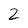
Character: 2